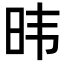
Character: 𬀩